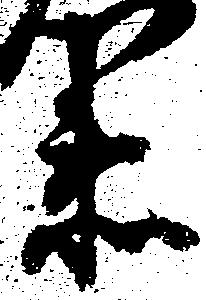
衛